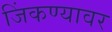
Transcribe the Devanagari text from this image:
जिंकण्यावर